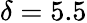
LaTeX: \delta=5.5